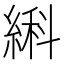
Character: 䌀